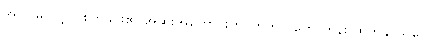
အပင်မြင်လျှင် စိုက်ခင်း၏ အဆိုးအကောင်းကို ကြိုတင် ဟောကိန်း ထုတ်နိုင်သူတွေ။